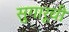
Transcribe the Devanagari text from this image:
सुगारूची